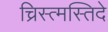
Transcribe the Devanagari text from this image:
च्रिस्त्मस्तिदे